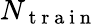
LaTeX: N_{\mathrm{~t~r~a~i~n~}}